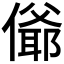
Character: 𰂴